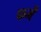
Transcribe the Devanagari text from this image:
फर्में